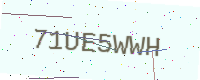
Text: 71UE5WWH